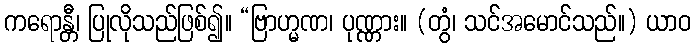
ကရောန္တီ၊ ပြုလိုသည်ဖြစ်၍။ “ဗြာဟ္မဏ၊ ပုဏ္ဏား။ (တွံ၊ သင်အမောင်သည်။) ယာဝ